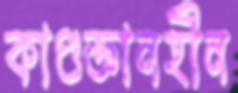
কাণ্ডজ্ঞানহীন